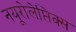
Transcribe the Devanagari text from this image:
नयूरोलेप्तिक्स